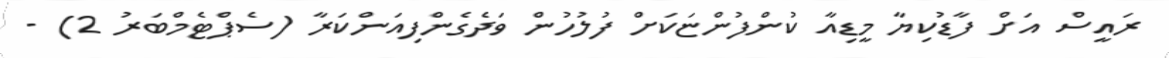
ރައީސް އަށް ފާޑުކިޔާ މީޑިއާ ކުންފުންޏަކަށް ފުލުހުން ވަދެގެންފިއަންކަރާ (ސެޕްޓެމްބަރު 2) -